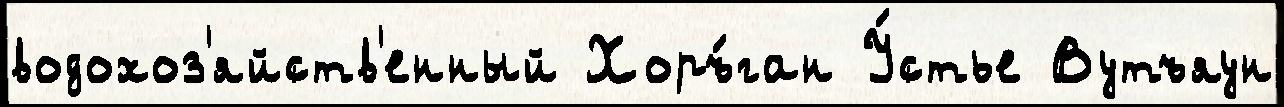
водохоз'яйств'енный Хоръ́ган У́стье Вутъяун